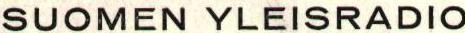
SUOMEN YLEISRADIO